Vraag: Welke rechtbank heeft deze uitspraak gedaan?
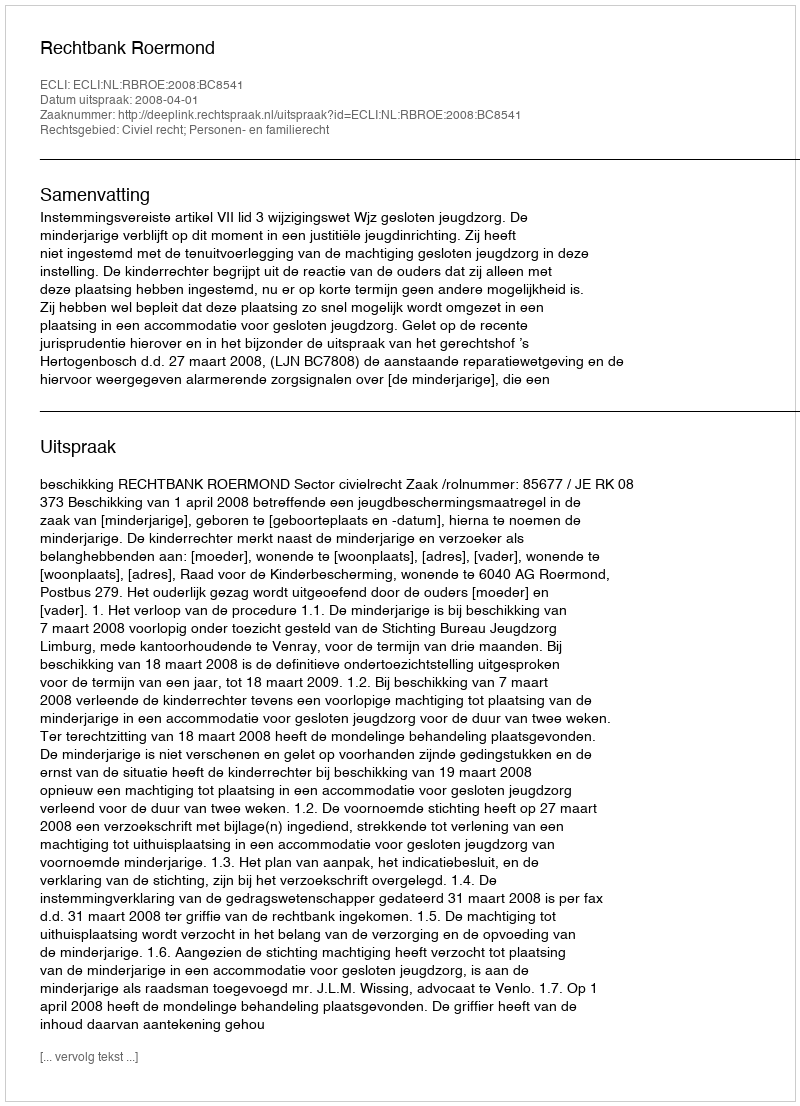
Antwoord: Rechtbank Roermond